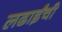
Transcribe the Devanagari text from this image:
लढाईंची